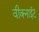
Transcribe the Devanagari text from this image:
वीक्नाईट